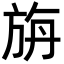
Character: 旃